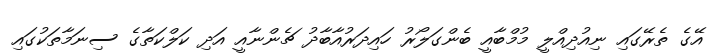
އޭގެ ތެރޭގައި ނިއުދިއްލީ މުމްބާއީ ބެންގަލޯރު ހައިދަރުއާބާދު ޗެންނާއީ އަދި ކަލްކަތާގެ ސިނަމާތަކުގައި